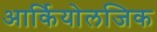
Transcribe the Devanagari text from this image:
आर्कियोलजिक